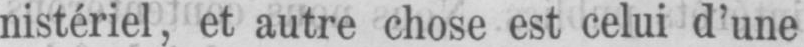
nistériel, et autre chose est celui d’une